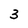
Character: 3